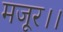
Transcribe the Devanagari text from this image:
मजूर।।